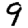
Digit: 9